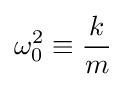
\omega _{0}^{2}\equiv {\frac {k}{m}}